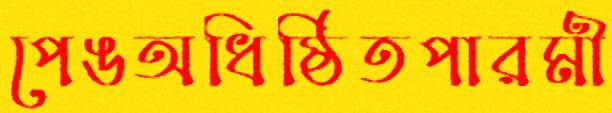
পেঙঅধিষ্ঠিতপারমী